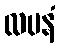
လပနံ